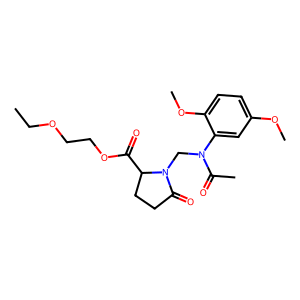
SMILES: CCOCCOC(=O)C1CCC(=O)N1CN(C(C)=O)c1cc(OC)ccc1OC
Inhibits HIV replication: No